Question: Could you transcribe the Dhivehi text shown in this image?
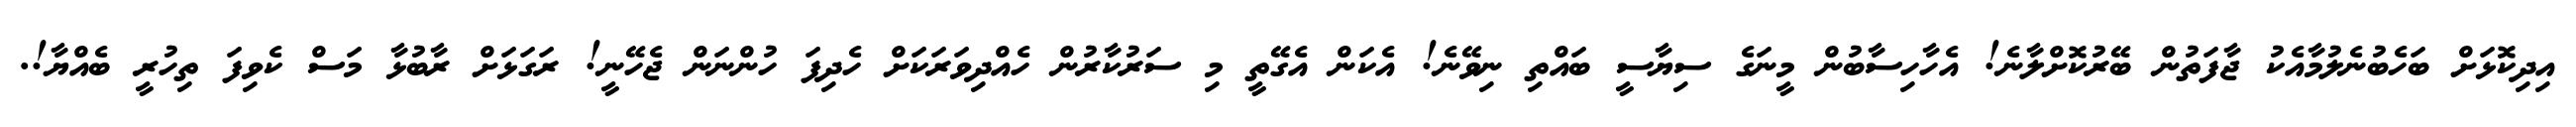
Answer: އިދިކޮޅަށް ބަހެބުނެލުމާއެކު ޖާފަތުން ބޭރުކޮށްލާނެ! އެހާހިސާބުން މީނަގެ ސިޔާސީ ބައްތި ނިވޭނެ! އެކަން އެގޭތީ މި ސަރުކާރުން ހެއްދިވަރަކަށް ހެދިފަ ހުންނަން ޖެހޭނީ! ރަގަޅަށް ރާބުޅާ މަސް ކެވިފަ ތިހުރީ ބެއްޔާ!.